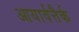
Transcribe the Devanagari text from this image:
आयार्वत्तैर्क